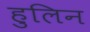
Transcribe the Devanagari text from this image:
हुलिन